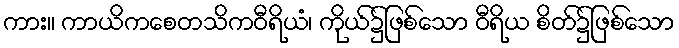
ကား။ ကာယိကစေတသိကဝီရိယံ၊ ကိုယ်၌ဖြစ်သော ဝီရိယ စိတ်၌ဖြစ်သော